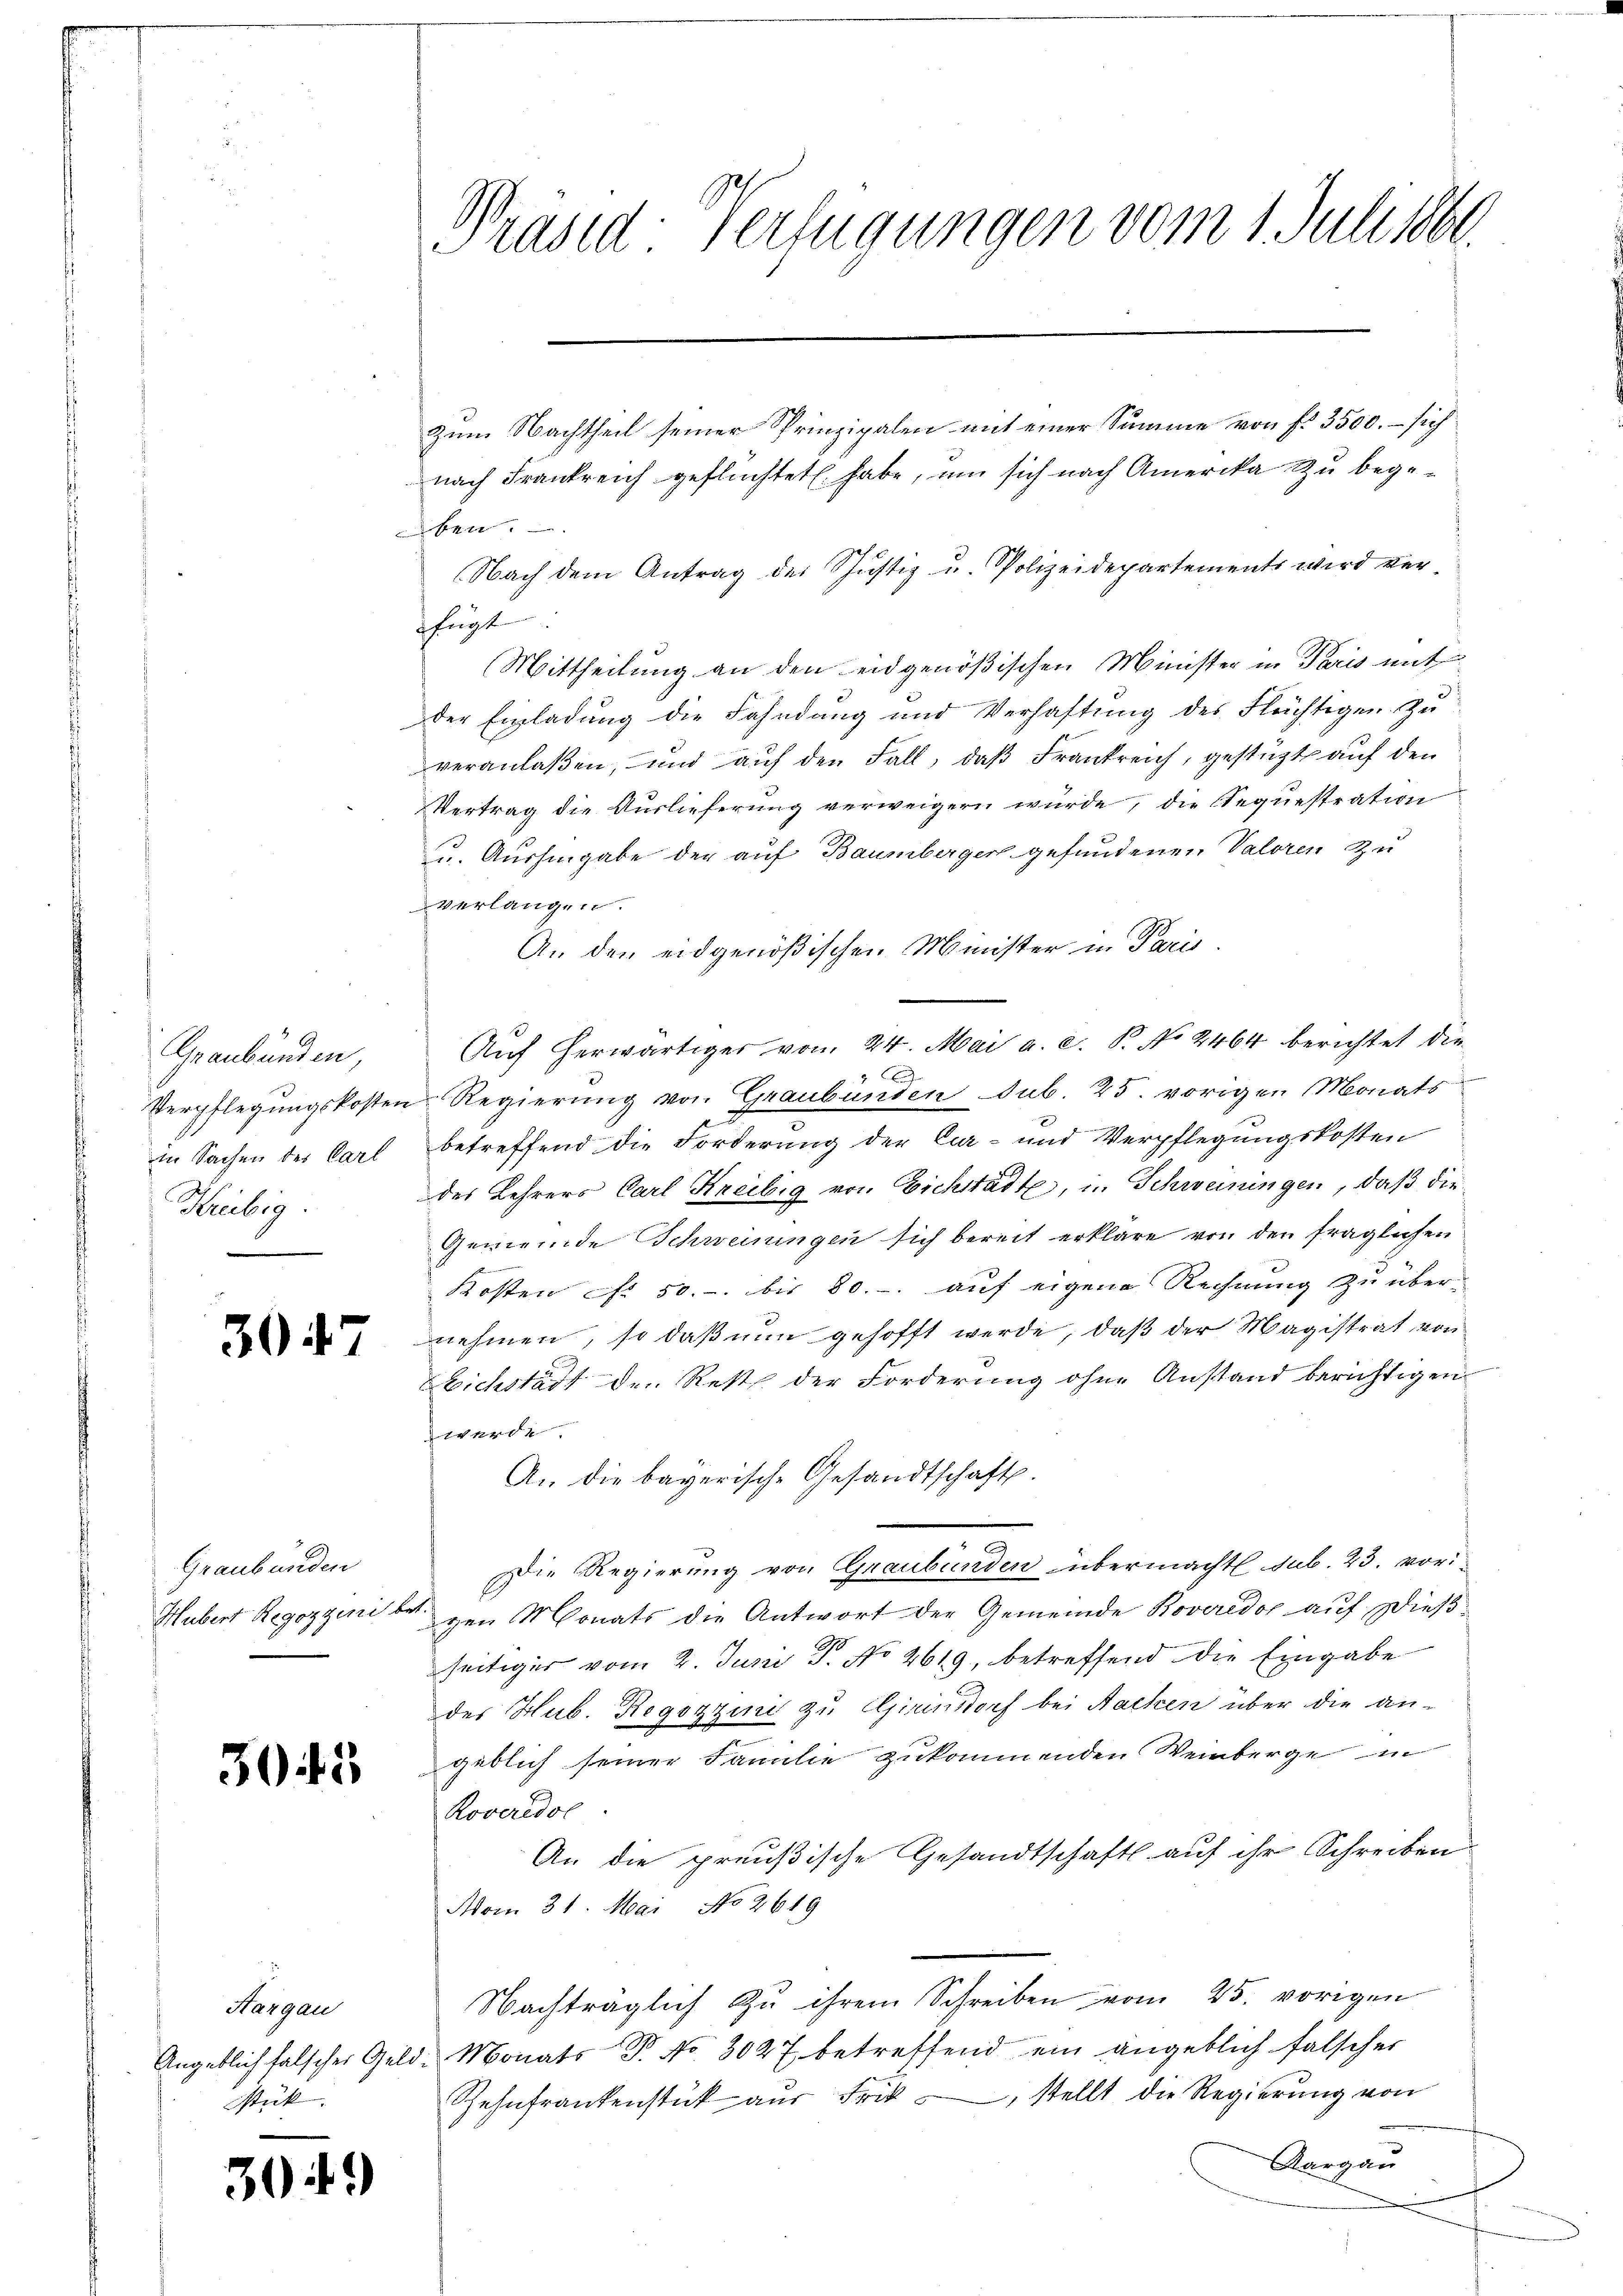
Graubünden,
in Sachen des Carl
Kreebig.

3047

Graubünden
Hubert Regozzinist

3045

Aargau
stück.

30.

)

Präsid-Verfügungen vom 1. Juli 1866.

zum Nachtheil seiner Prinzipalen mit einer Summe von fr. 3500. – sich
nach Frankreich geflüchtet habe, um sich nach Amerika zu begeben.
Nach dem Antrag des Justiz u. Polizeidepartements wird verfügt
Mittheilung an den eidgenößischen Minister in Paris mit
der Einladung die Fahndung und Verhaftung des Flüchtigen zu
veranlaßen, und auf den Fall, daß Frankreich, gestützt auf den
Vertrag die Auslieferung verweigern wurde, die Sequestration
u. Aushingabe der auf Baumberger gefundenen Valoren Zu
verlangen.
An den eidgenößischen Minister in Paris
Auf herwärtiger vom 24. Mai a. c. P. No 2464 berichtet die
.
Verpflegungskosten Regierung von Graubünden sub. 25. vorigen Monats
betreffend die Forderung der Car- und Verpflegungskosten
des Lehrers Carl Kreilig von Eichstädte, in Schweiningen, daß die¬
Gemeinde Schweiningen sich bereit erkläre von den fraglichen
Kosten f. 50. bis 80. auf eigene Rechnung zu übernehmen, so daß nun gehofft werde, daß der Magistrat von
ichstatt den Rest der Forderung ohne Anstand berichtigen
werde.
An die bayerische Gesandtschaft.
Die Regierung von Graubünden übermacht sub. 23. vorit
zen Monats die Antwort der Gemeinde Roveredo auf Dießseitiger vom 2. Juni T. No 2619, betreffend die Eingabe
des Hub. Regozzini zu Girensdorf bei Nacken über die angeblich seiner Familie zukommenden Weinberge in
Roveridol
An die preußische Gesandtschaft auf ihr Schreiben
Aom 31. Mai No 2619.
n
Nachträglich zu ihrem Schreiben vom 25. vorigen
Angeblich falscher Geld-Monats P. No. 3027 betreffend ein angeblich falscher
Zehnfrankenstück aus Frik –, stellt die Regierung von
Aargau